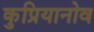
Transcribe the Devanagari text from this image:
कुप्रियानोव